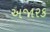
અજારક